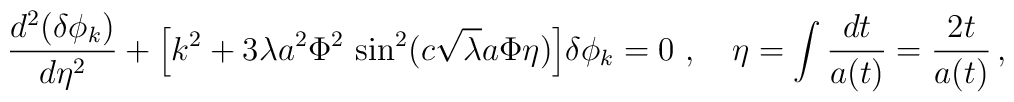
{d^2(\delta\phi_k)\over d\eta^2}   +   {\Bigl[{k^2} +3\lambda a^2\Phi^2\, \sin^2 (c\sqrt\lambda a\Phi \eta)\Bigr]}\delta\phi_k = 0 \ ,~~~\eta =\int {dt\over a(t)}={2t\over a(t)}\, ,